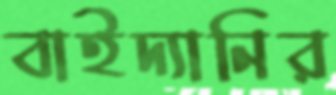
বাইদ্যানির